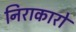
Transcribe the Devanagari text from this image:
निराकारो